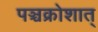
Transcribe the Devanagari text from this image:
पञ्चक्रोशात्